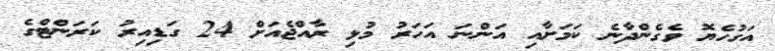
އަގުހެޔޮ ވެގެންދާނެ ކަމަށާއި އަންނަ އަހަރު މުޅި ރާއްޖެއަށް 24 ގަޑިއިރު ކަރަންޓްގެ